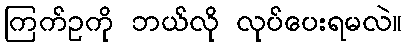
ကြက်ဥကို ဘယ်လို လုပ်ပေးရမလဲ။